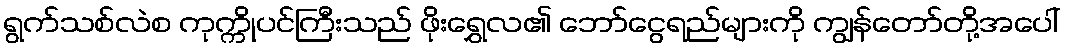
ရွက်သစ်လဲစ ကုက္ကိုပင်ကြီးသည် ဖိုးရွှေလ၏ ဘော်ငွေရည်များကို ကျွန်တော်တို့အပေါ်